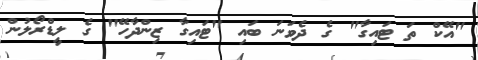
"އޭކް ތަ ޓައިގާ" ގެ ދެވަނަ ބައި "ޓައިގާ ޒިންދާހޭ" ގެ ލީޑްރޯލުން